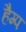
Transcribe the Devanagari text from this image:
हैम्प